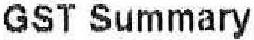
GST SUMMARY